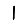
Digit: 1